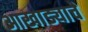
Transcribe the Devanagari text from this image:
आखाड्याचे